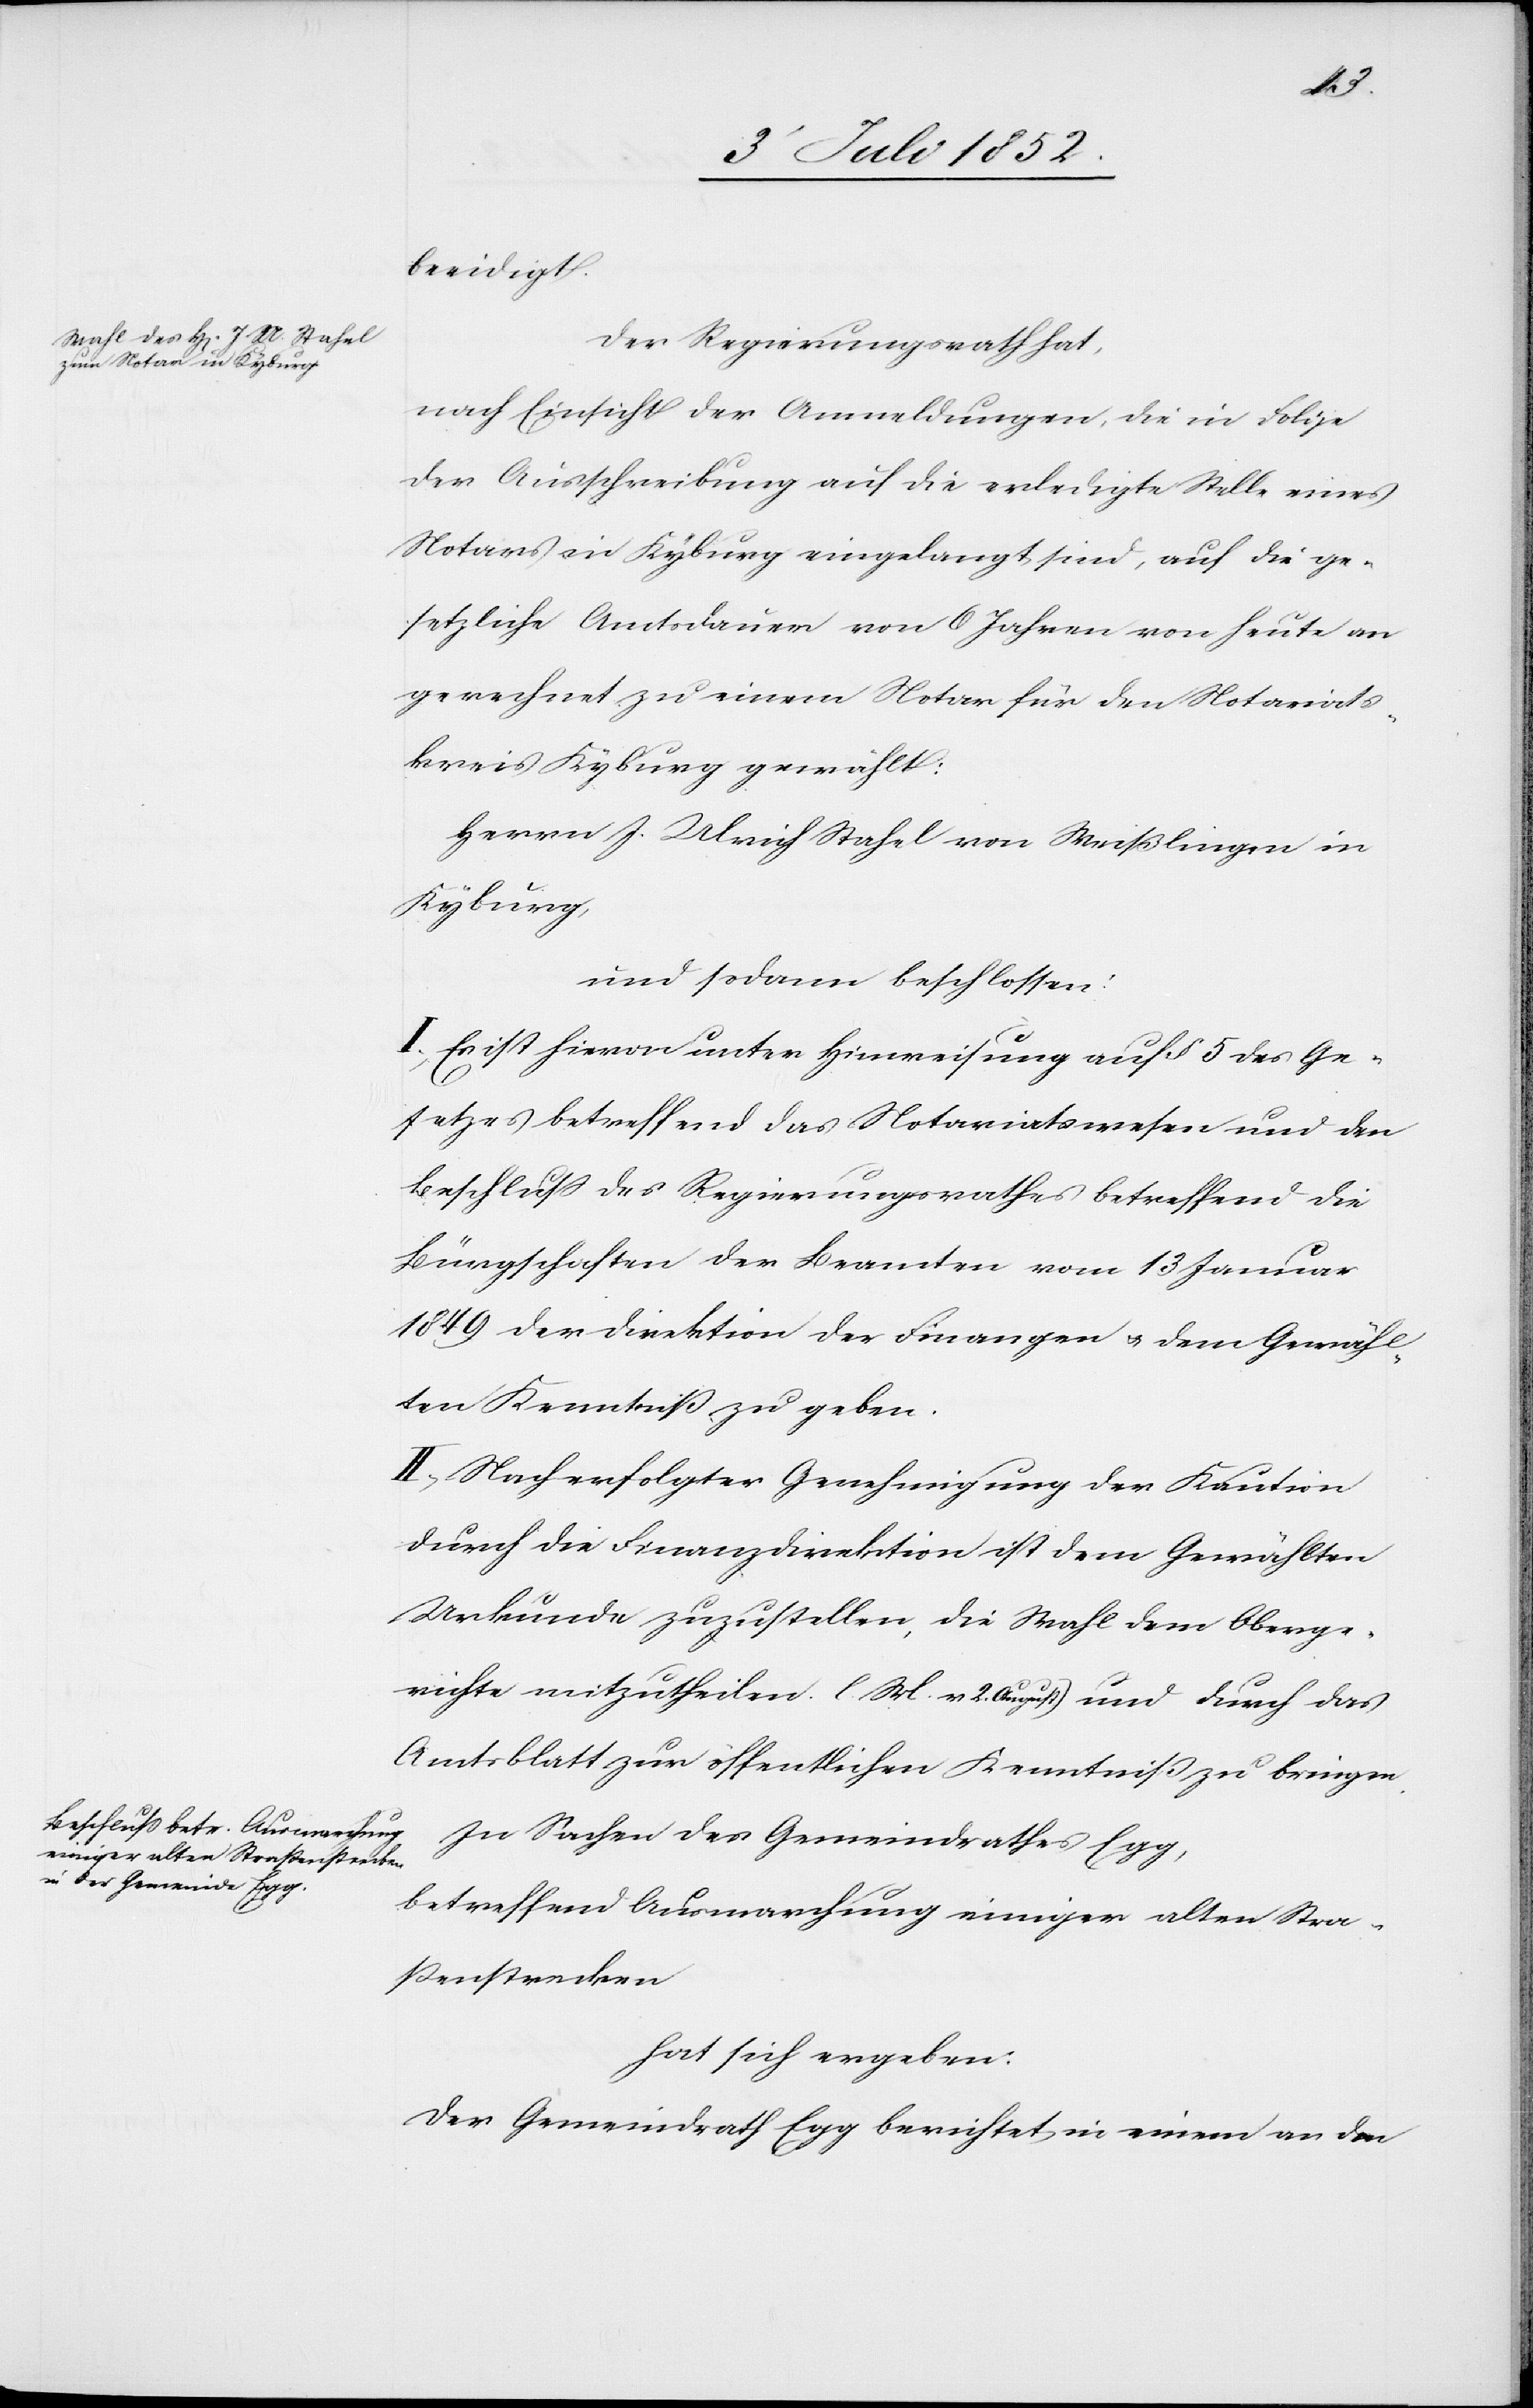
beeidigt.
Der Regierungsrath hat,
nach Einsicht der Anmeldungen, die in Folge
der Ausschreibung auf die erledigte Stelle eines
Notars in Kyburg eingelangt sind, auf die ge¬
setzliche Amtsdauer von 6 Jahren von heute an
gerechnet zu einem Notar für den Notariats¬
kreis Kyburg gewählt:
Herrn J. Ulrich Stahel von Weißlingen in
Kyburg,
und sodann beschlossen:
I, Es ist hievon unter Hinweisung auf § 5 des Ge¬
setzes betreffend das Notariatswesen und den
Beschluss des Regierungsrathes betreffend die
Bürgschaften der Beamten vom 13 Januar
1849 der Direktion der Finanzen & dem Gewähl¬
ten Kenntniß zu geben.
II, Nach erfolgter Genehmigung der Kaution
durch die Finanzdirektion ist dem Gewählten
Urkunde zuzustellen, die Wahl dem Oberge¬
richte mitzutheilen. [(]l. M. v 2. August) und durch das
Amtsblatt zur öffentlichen Kenntniß zu bringen.
In Sachen des Gemeindrathes Egg,
betreffend Ausmarchung einiger alten Stra¬
ßenstrecken
hat sich ergeben:
Der Gemeindrath Egg berichtet in einem an den